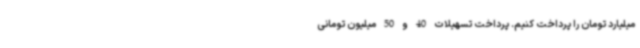
میلیارد تومان را پرداخت کنیم. پرداخت تسهیلات 40 و 50 میلیون تومانی